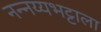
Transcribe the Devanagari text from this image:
नन्नय्यभट्टाला